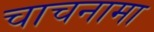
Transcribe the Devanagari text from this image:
चाचनामा